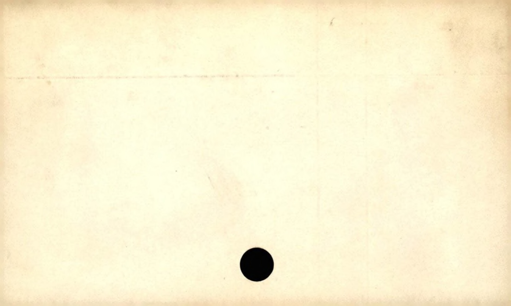
Label: blank